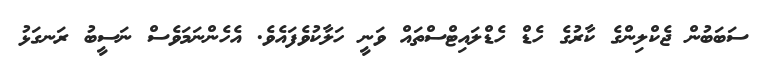
ސަބަބުން ޖެކްލިންގެ ކާރުގެ ހެޑް ހެޑްލައިޓްސްތައް ވަނީ ހަލާކުވެފައެވެ. އެހެންނަމަވެސް ނަސީބު ރަނގަޅު